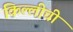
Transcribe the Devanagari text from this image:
किल्लीची